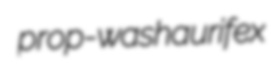
prop-wash aurifex